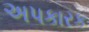
અપકારક